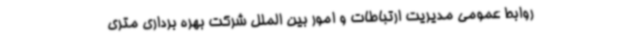
روابط عمومی مدیریت ارتباطات و امور بین الملل شرکت بهره برداری متری